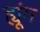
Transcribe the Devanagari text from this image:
ह्यूंग